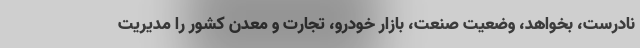
نادرست، بخواهد، وضعیت صنعت، بازار خودرو، تجارت و معدن کشور را مدیریت